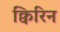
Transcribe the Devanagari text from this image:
क्विरिन